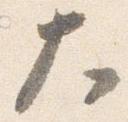
大